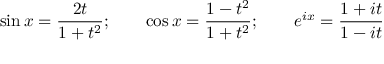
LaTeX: \sin x = { \frac { 2 t } { 1 + t ^ { 2 } } } ; \qquad \cos x = { \frac { 1 - t ^ { 2 } } { 1 + t ^ { 2 } } } ; \qquad e ^ { i x } = { \frac { 1 + i t } { 1 - i t } }